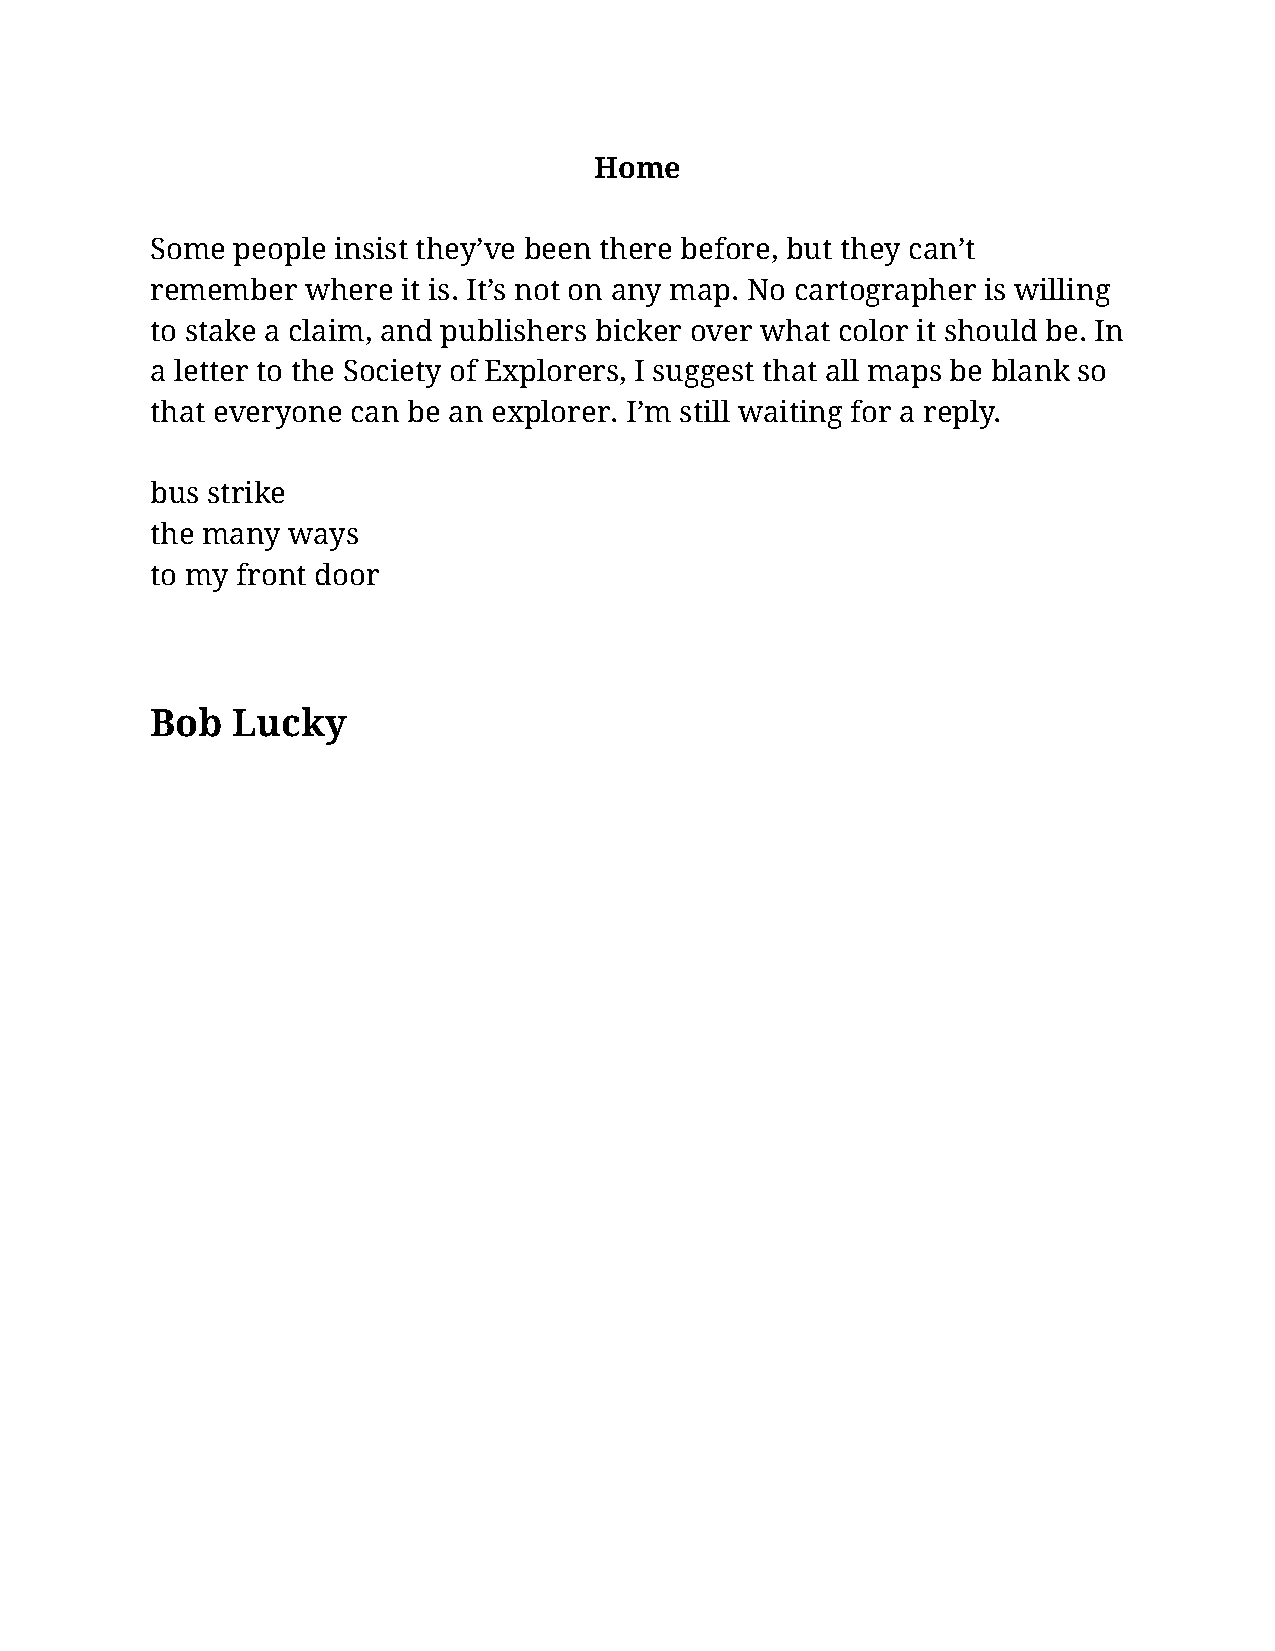
Home
 Some people insist they’ve been there before, but they can’t
 remember  where  it is. It’s not on any map. No cartographer is willing
 to stake a claim, and publishers bicker over what color it should be. In
 a letter to the Society of Explorers, I suggest that all maps be blank so
 that everyone can be an explorer. I’m still waiting for a reply.
 bus strike
 the many ways
 to my front door
 Bob  Lucky